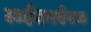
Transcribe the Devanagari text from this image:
टाईटनऐरम